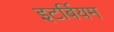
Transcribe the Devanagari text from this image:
इटर्बियम